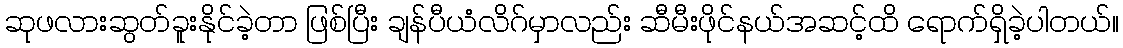
ဆုဖလားဆွတ်ခူးနိုင်ခဲ့တာ ဖြစ်ပြီး ချန်ပီယံလိဂ်မှာလည်း ဆီမီးဖိုင်နယ်အဆင့်ထိ ရောက်ရှိခဲ့ပါတယ်။